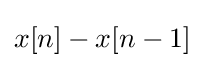
x[n]-x[n-1]